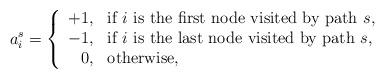
LaTeX: \begin{align*}a^{s}_i = \left\{\begin{array}{rl}+1,& \mbox{if } i \mbox{ is the first node visited by path } s,\\-1,& \mbox{if } i \mbox{ is the last node visited by path } s,\\0, & \mbox{otherwise},\end{array} \right. \end{align*}